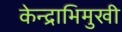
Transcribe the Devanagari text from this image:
केन्द्राभिमुखी